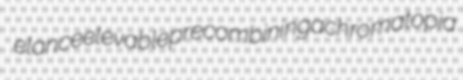
elance elevable precombining achromatopia